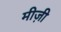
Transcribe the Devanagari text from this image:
मीज़ी